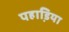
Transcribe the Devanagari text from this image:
पहाडि़या